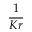
\frac { 1 } { K r }